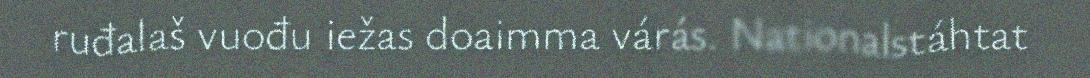
ruđalaš vuođu iežas doaimma várás. Nationalstáhtat